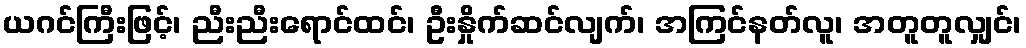
ယဂင်ကြီးဖြင့်၊ ညီးညီးရောင်ထင်၊ ဦးနှိုက်ဆင်လျက်၊ အကြင်နတ်လူ၊ အတူတူလျှင်၊